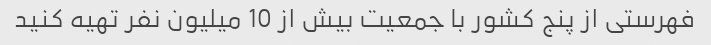
فهرستی از پنج کشور با جمعیت بیش از 10 میلیون نفر تهیه کنید